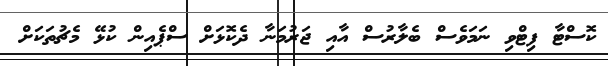
ކޮސްޓާ ފިޓްވި ނަމަވެސް ބެލާރުސް އާއި ޖަރުމަނާ ދެކޮޅަށް ސްޕެއިން ކުޅޭ މެޗުތަކަށް